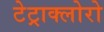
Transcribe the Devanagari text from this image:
टेट्राक्लोरो